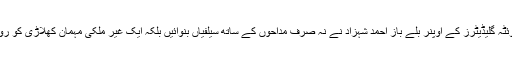
اس دوران سیلفی کنگ اور کوئٹہ گلیڈیٹرز کے اوپنر بلے باز احمد شہزاد نے نہ صرف مداحوں کے ساتھ سیلفیاں بنوائیں بلکہ ایک غیر ملکی مہمان کھلاڑی کو روایتی بلوچی ٹوپی بھی پہنائی۔